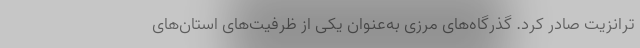
ترانزیت صادر کرد. گذرگاه‌های مرزی به‌عنوان یکی از ظرفیت‌های استان‌های